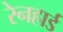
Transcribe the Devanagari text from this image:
रेनहार्ड